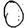
Digit: 0